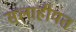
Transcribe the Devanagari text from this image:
सलाहीयत